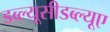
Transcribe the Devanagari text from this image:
डब्ल्यूसीडब्ल्यूए